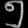
Digit: ၅